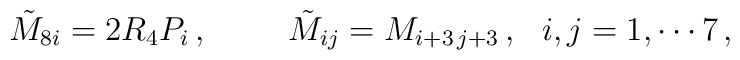
\tilde{M}_{8i}= 2R_{4}P_{i}\, ,\hspace{1cm} \tilde{M}_{ij}=M_{i+3\, j+3}\, ,\,\,\,\, i,j=1,\cdots 7\, ,